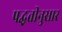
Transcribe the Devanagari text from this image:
पद्घतीनुसार